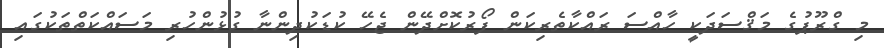
މި ގްރޫޕުގެ މަޤްސަދަކީ ހާއްސަ ރައްކާތެރިކަން ފޯރުކޮށްދޭން ޖެހޭ ކުޑަކުދިންނާ ގުޅުންހުރި މަސައްކަތްތަކުގައި